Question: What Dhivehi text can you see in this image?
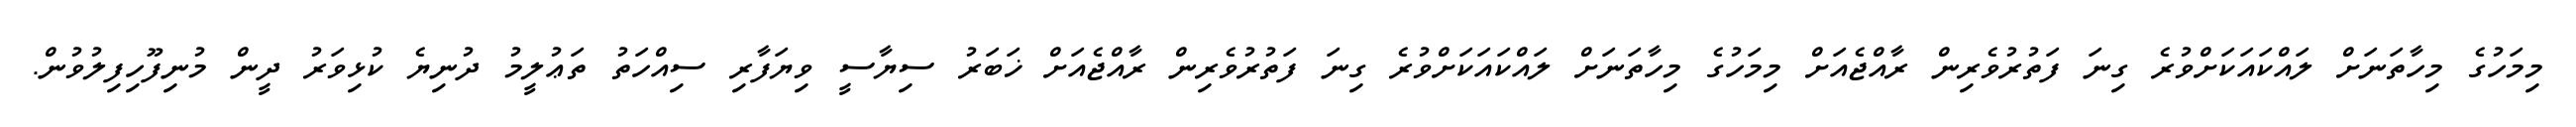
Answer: މިމަހުގެ މިހާތަނަށް ލައްކައަކަށްވުރެ ގިނަ ފަތުރުވެރިން ރާއްޖެއަށް މިމަހުގެ މިހާތަނަށް ލައްކައަކަށްވުރެ ގިނަ ފަތުރުވެރިން ރާއްޖެއަށް ޚަބަރު ސިޔާސީ ވިޔަފާރި ސިއްހަތު ތަޢުލީމު ދުނިޔެ ކުޅިވަރު ދީން މުނިފޫހިފިލުވުން.